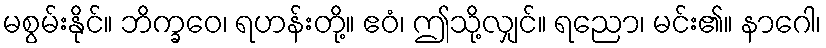
မစွမ်းနိုင်။ ဘိက္ခဝေ၊ ရဟန်းတို့။ ဧဝံ၊ ဤသို့လျှင်။ ရညော၊ မင်း၏။ နာဂေါ၊